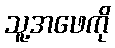
သူ့အဖေကို